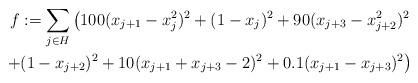
LaTeX: \begin{align*}f:= \sum_{j\in H} \left(100(x_{j+1}-x_{j}^2)^2 + (1-x_{j})^2 + 90(x_{j+3}-x_{j+2}^2)^2 \right.\\\left.+ (1-x_{j+2})^2 + 10(x_{j+1}+x_{j+3}-2)^2 + 0.1(x_{j+1}-x_{j+3})^2\right)\end{align*}